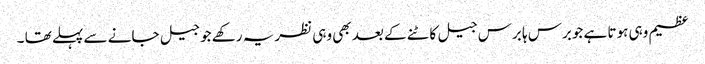
عظیم وہی ہوتا ہے جوبرس ہا برس جیل کاٹنے کے بعد بھی وہی نظریہ رکھے جو جیل جانے سے پہلے تھا ۔